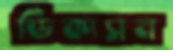
ডিকাসন